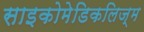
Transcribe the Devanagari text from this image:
साइकोमेडिकलिज्म